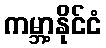
ကမ္ဘာ့နိုင်ငံ